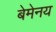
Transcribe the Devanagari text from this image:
बेमेनय